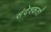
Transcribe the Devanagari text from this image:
संदेश्कर्ता